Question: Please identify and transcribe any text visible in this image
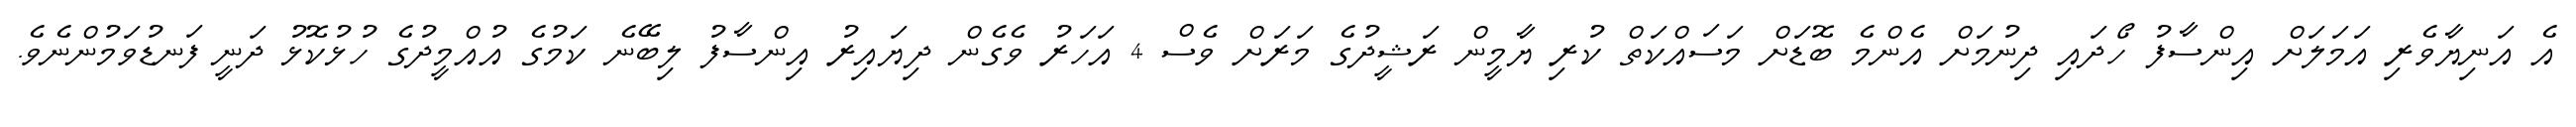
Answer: އެ އަނިޔާވެރި އަމަލަށް އިންސާފު ހޯދައި ދިނުމަށް އެންމެ ބޮޑަށް މަސައްކަތް ކުރި ޔާމީން ރަޝީދުގެ މަރަށް ވެސް 4 އަހަރު ވެގެން ދިޔައިރު އިންސާފު ލިބޭނެ ކަމުގެ އުއްމީދުގެ ހުޅުކޮޅު ދަނީ ފަނޑުވަމުންނެވެ.